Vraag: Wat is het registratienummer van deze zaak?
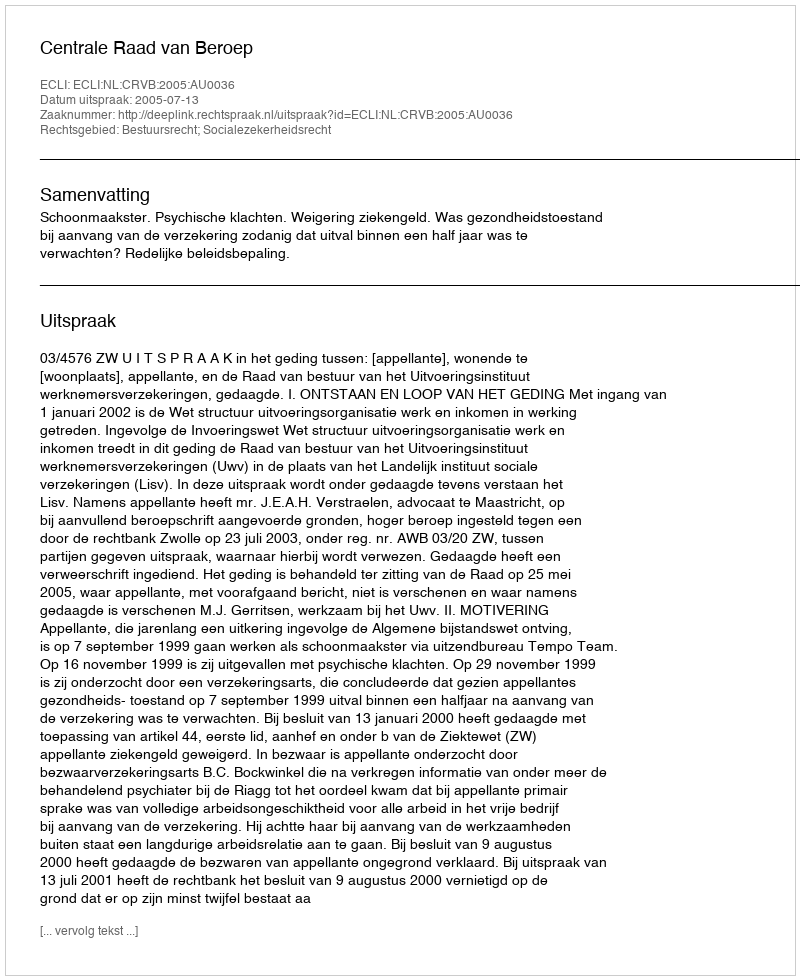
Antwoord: http://deeplink.rechtspraak.nl/uitspraak?id=ECLI:NL:CRVB:2005:AU0036